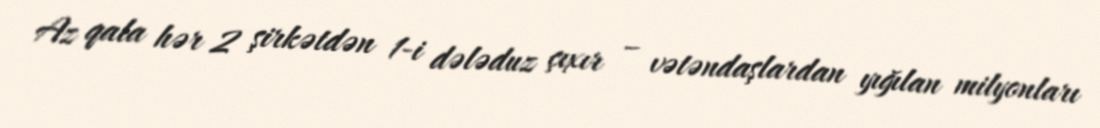
Az qala hər 2 şirkətdən 1-i dələduz çıxır – vətəndaşlardan yığılan milyonları